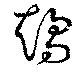
趨